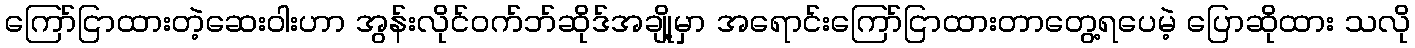
ကြော်ငြာထားတဲ့ဆေးဝါးဟာ အွန်းလိုင်ဝက်ဘ်ဆိုဒ်အချို့မှာ အရောင်းကြော်ငြာထားတာတွေ့ရပေမဲ့ ပြောဆိုထား သလို